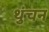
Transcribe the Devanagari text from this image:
थुंचन